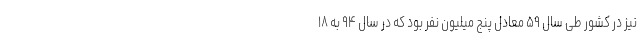
نیز در کشور طی سال ۵۹ معادل پنج میلیون نفر بود که در سال ۹۴ به ۱۸